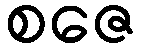
စဇေ